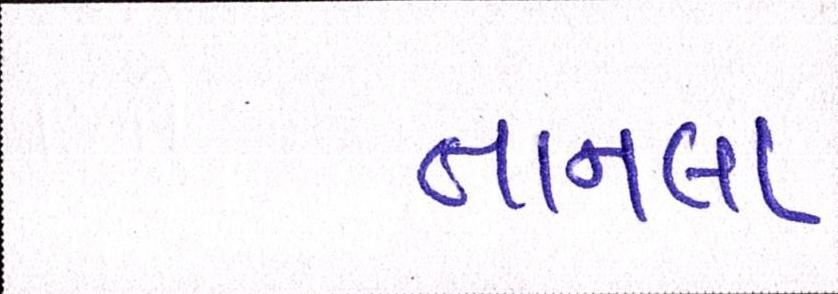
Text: તાનલા